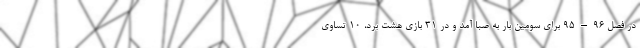
در فصل ۹۶–۹۵ برای سومین بار به صبا آمد و در 31 بازی هشت برد، 10 تساوی